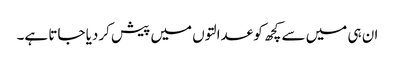
ان ہی میں سے کچھ کو عدالتوں میں پیش کردیا جاتا ہے۔